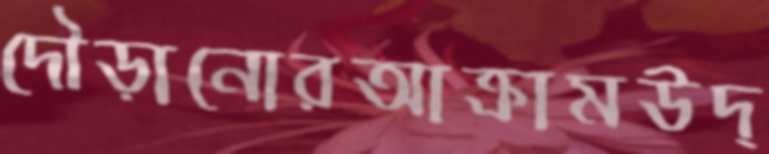
দৌড়ানোরআক্রামউদ্